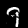
Digit: 9